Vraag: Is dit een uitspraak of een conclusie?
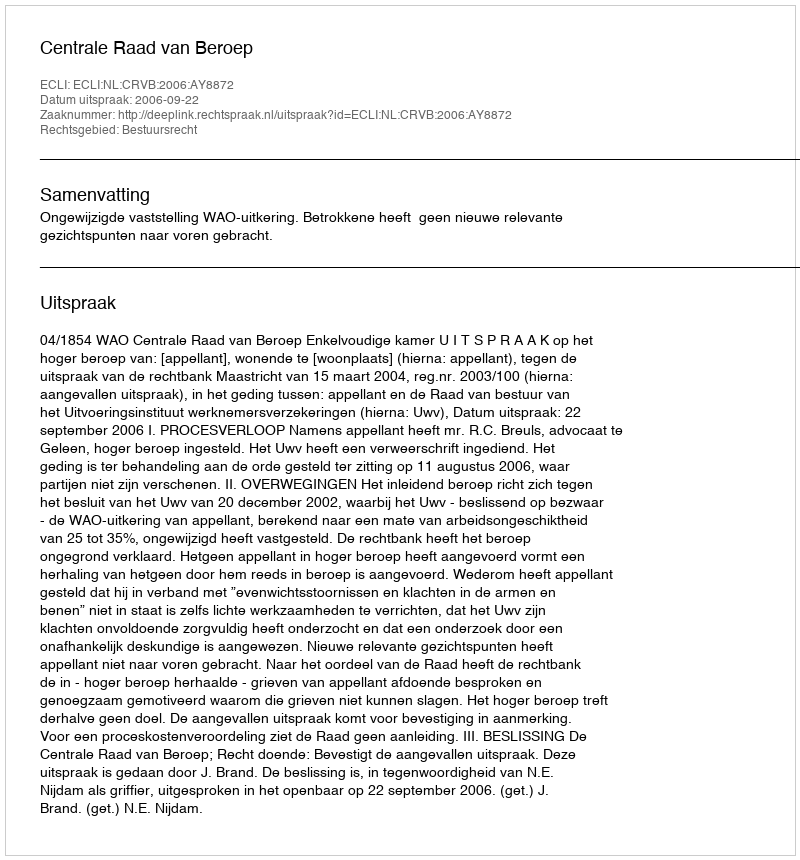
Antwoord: Uitspraak